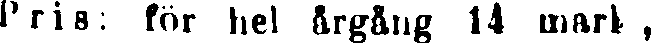
Pris: för hel årgång 14 mark,